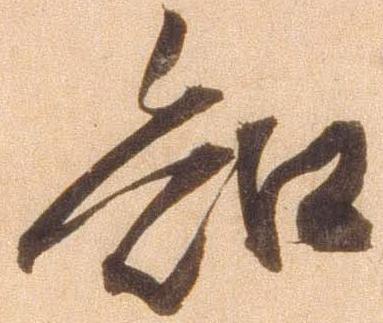
知